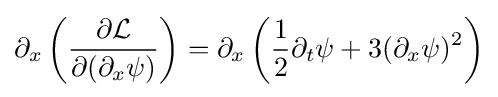
\partial _{x}\left({\frac {\partial {\mathcal {L}}}{\partial (\partial _{x}\psi )}}\right)=\partial _{x}\left({\frac {1}{2}}\partial _{t}\psi +3(\partial _{x}\psi )^{2}\right)